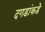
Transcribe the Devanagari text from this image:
दगडांकडे